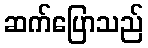
ဆက်ပြောသည်